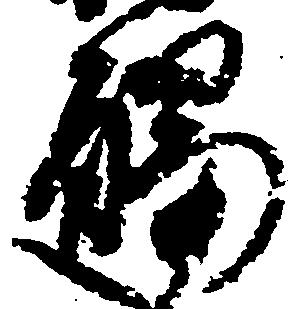
触